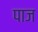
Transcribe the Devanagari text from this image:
पाज